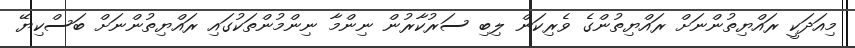
މިއަދަކީ ރައްޔިތުންނަށް ރައްޔިތުންގެ ވެރިކަން ލިބި ސަރުކާރުން ނިންމާ ނިންމުންތަކުގައި ރައްޔިތުންނަށް ބަސްކިޔޭ